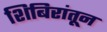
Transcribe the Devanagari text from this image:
शिबिरांतून